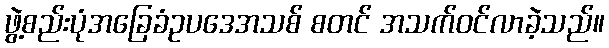
ဖွဲ့စည်းပုံအခြေခံဥပဒေအသစ် စတင် အသက်ဝင်လာခဲ့သည်။